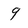
Character: 9